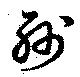
紗